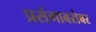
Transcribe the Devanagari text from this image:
प्रसंगाबरोबर